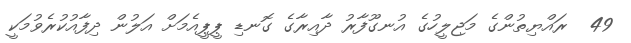
49  ރައްޔިތުންގެ މަޖިލީހުގެ އުނގޫފާރު ދާއިރާގެ ގޮނޑި ޕީޕީއެމަށް އަލުން ދިފާއުކުރެވުމަކީ